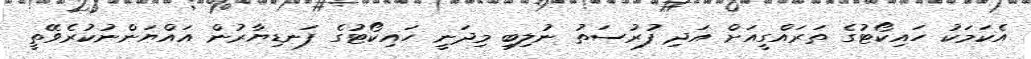
އެކަމަކު ހައިކޯޓުގެ ތަރައްގީއަށް އަދި ފުރުސަތު ނުލިބި މިދަނީ ހައިކޯޓުގެ ފަނޑިޔާރުން އައްޔަންނުކުރެވޭތީ